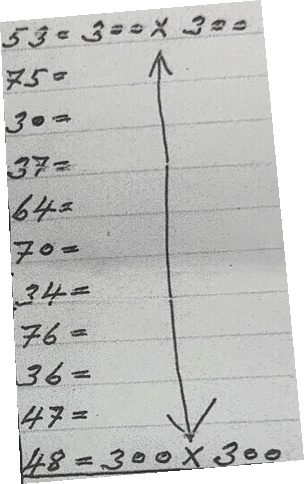
53 = 300 x 300
75 = 300 x 300
30 = 300 x 300
37 = 300 x 300
64 = 300 x 300
70 = 300 x 300
34 = 300 x 300
76 = 300 x 300
36 = 300 x 300
47 = 300 x 300
48 = 300 x 300